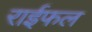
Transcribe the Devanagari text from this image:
राईफल